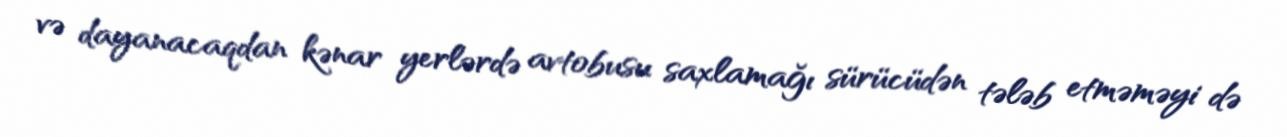
və dayanacaqdan kənar yerlərdə avtobusu saxlamağı sürücüdən tələb etməməyi də